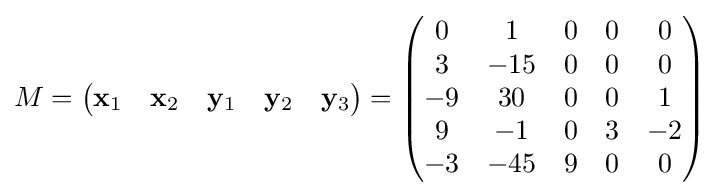
M={\begin{pmatrix}\mathbf {x} _{1}&\mathbf {x} _{2}&\mathbf {y} _{1}&\mathbf {y} _{2}&\mathbf {y} _{3}\end{pmatrix}}={\begin{pmatrix}0&1&0&0&0\\3&-15&0&0&0\\-9&30&0&0&1\\9&-1&0&3&-2\\-3&-45&9&0&0\end{pmatrix}}